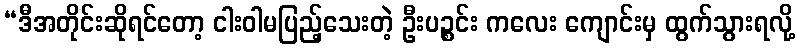
“ဒီအတိုင်းဆိုရင်တော့ ငါးဝါမပြည့်သေးတဲ့ ဦးပဉ္စင်း ကလေး ကျောင်းမှ ထွက်သွားရလို့